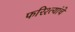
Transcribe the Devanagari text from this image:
फरिश्त्यांचे